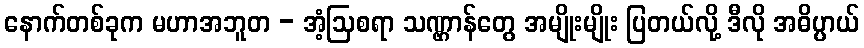
နောက်တစ်ခုက မဟာအဘူတ - အံ့ဩစရာ သဏ္ဌာန်တွေ အမျိုးမျိုး ပြတယ်လို့ ဒီလို အဓိပ္ပာယ်